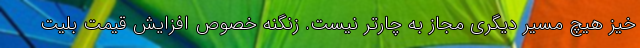
خیز هیچ مسیر دیگری مجاز به چارتر نیست. زنگنه خصوص افزایش قیمت بلیت